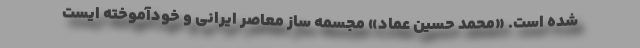
شده است. «محمد حسین عماد» مجسمه ساز معاصر ایرانی و خودآموخته ایست